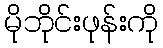
မိုဘိုင်းဖုန်းကို